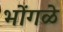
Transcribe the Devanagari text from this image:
भोंगळे